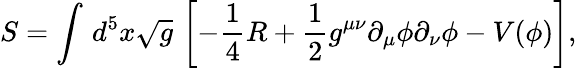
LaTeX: S=\int\, d^{5}x\sqrt{g}\, \left[-\frac{1}{4}R+\frac{1}{2}g^{\mu\nu}\partial_{\mu}\phi\partial_{\nu}\phi-V(\phi)\right],